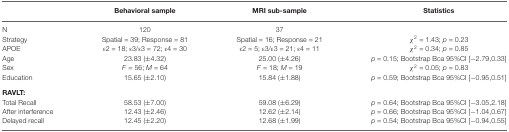
|  | Behavioral sample | MRI sub-sample | Statistics |
 | --- | --- | --- | --- |
 | N | 120 | 37 |  |
 | Strategy | Spatial = 39; Response = 81 | Spatial = 16; Response = 21 | χ2 = 1.43; p = 0.23 |
 | APOE | ε2 = 18; ε3/ε3 = 72; ε4 = 30 | ε2 = 5; ε3/ε3 = 21; ε4 = 11 | χ2 = 0.34; p = 0.85 |
 | Age | 23.83 (±4.32) | 25.00 (±4.26) | p = 0.15; Bootstrap Bca 95%CI [−2.79,0.33] |
 | Sex | F = 56; M = 64 | F = 18; M = 19 | χ2 = 0.05; p = 0.83 |
 | Education | 15.65 (±2.10) | 15.84 (±1.88) | p = 0.59; Bootstrap Bca 95%CI |
 | RAVLT: |  |  |  |
 | Total Recall | 58.53 (±7.00) | 59.08 (±6.29) | p = 0.64; Bootstrap Bca 95%CI [−3.05,2.18] |
 | After interference | 12.43 (±2.46) | 12.62 (±2.14) | p = 0.66; Bootstrap Bca 95%CI [−1.04,0.67] |
 | Delayed recall | 12.45 (±2.20) | 12.68 (±1.99) | p = 0.54; Bootstrap Bca 95%CI [−0.94,0.55] |